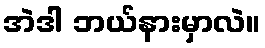
အဲဒါ ဘယ်နားမှာလဲ။